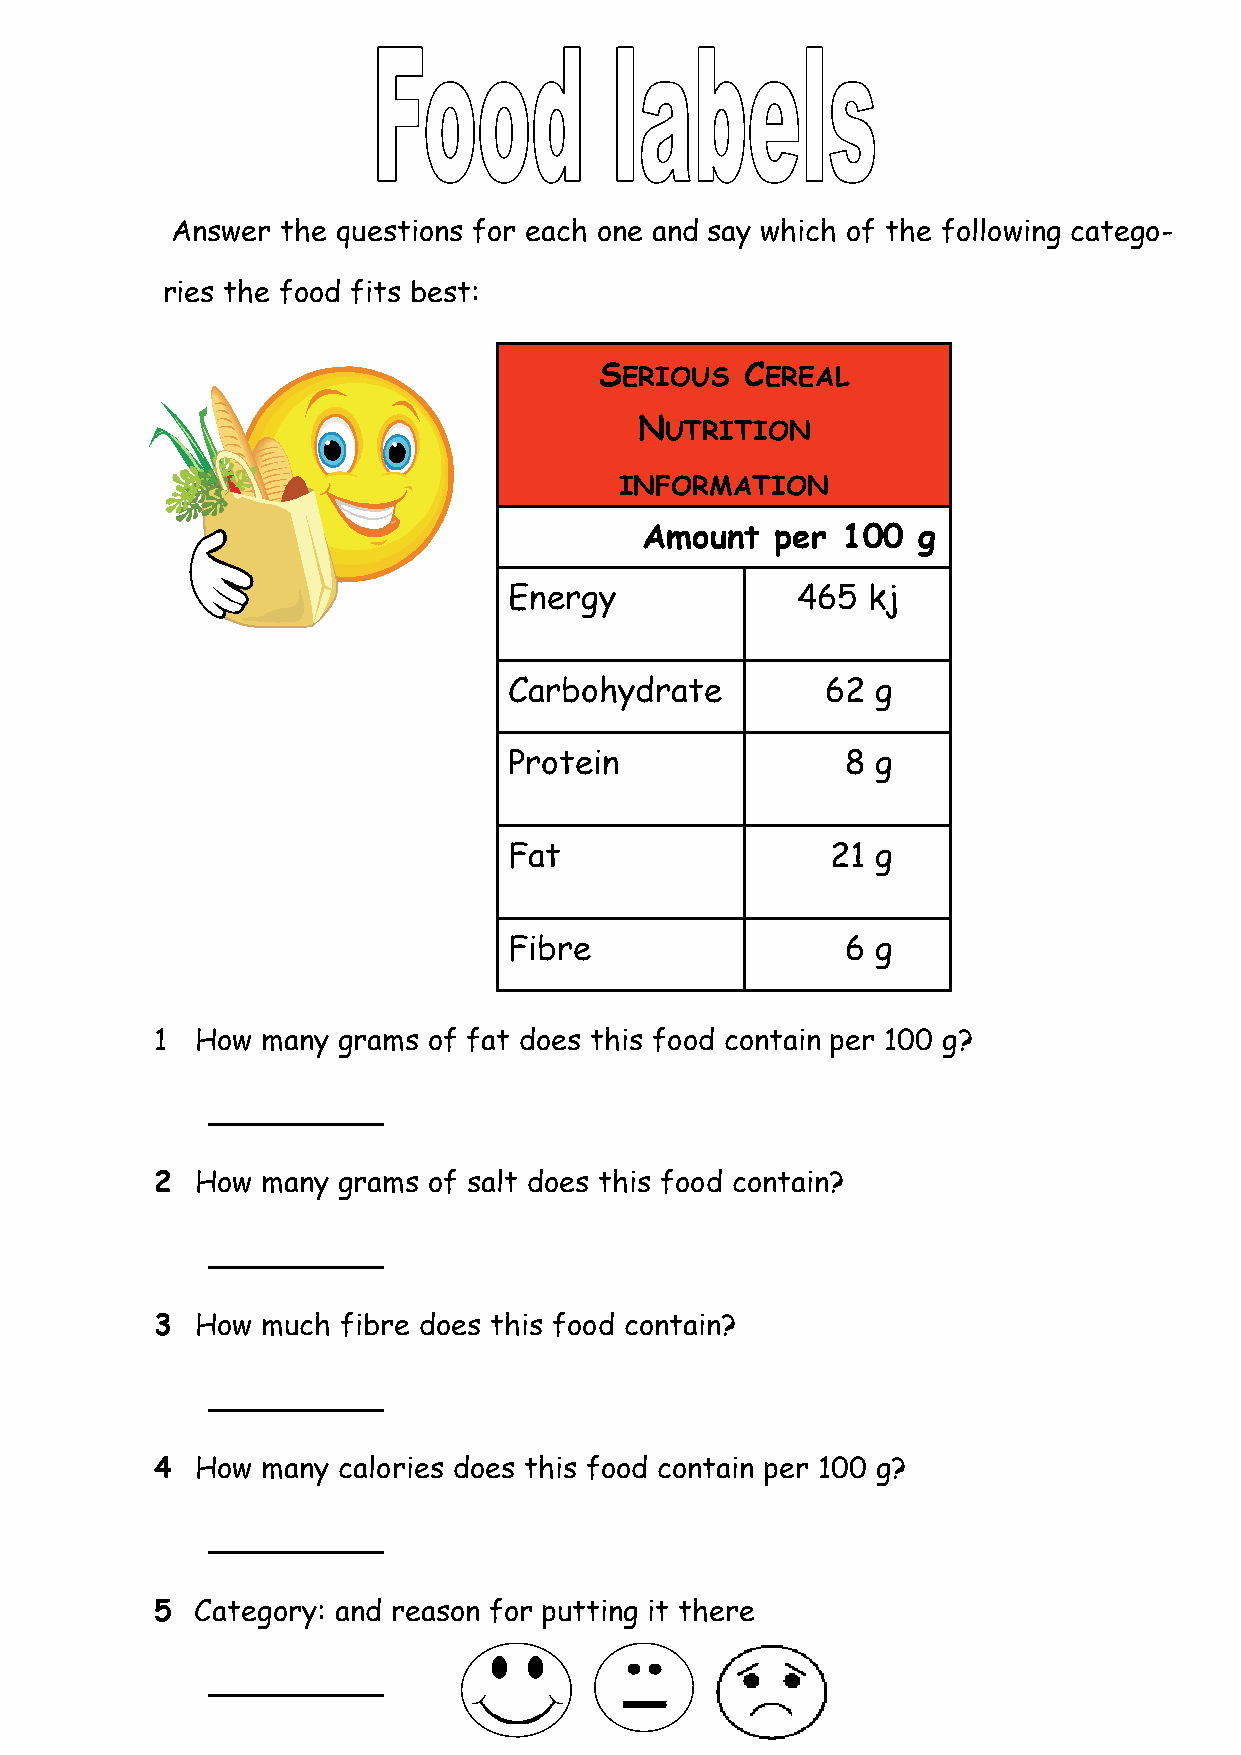
Answer  the questions for each one and say which of the following catego-
 ries the food fits best:
 SERIOUS  CEREAL
 NUTRITION
 INFORMATION
 Amount   per  100  g
 Energy             465 kj
 Carbohydrate         62 g
 Protein               8 g
 Fat                  21 g
 Fibre                 6 g
 1  How many grams of fat does this food contain per 100 g?
 __________
 2  How many grams of salt does this food contain?
 __________
 3  How much fibre does this food contain?
 __________
 4  How many calories does this food contain per 100 g?
 __________
 5  Category: and reason for putting it there
 __________